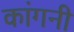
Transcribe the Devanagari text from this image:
कांगनी